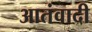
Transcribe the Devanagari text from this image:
आतंवादी